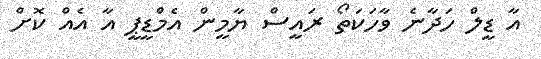
އާ ޑީލް ހަދާނެ ވާހަކަތޯ ރައީސް ޔާމީން އެމްޑީޕީ އާ އެއް ކޮށް